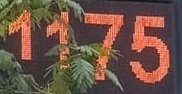
1175